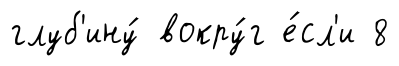
глуб'ину́ вокру́г е́сл'и 8